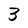
Character: 3